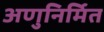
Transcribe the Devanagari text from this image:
अणुनिर्मित